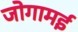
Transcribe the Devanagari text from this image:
जोगामई